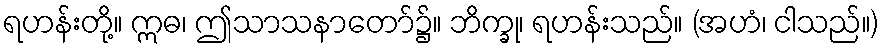
ရဟန်းတို့။ ဣဓ၊ ဤသာသနာတော်၌။ ဘိက္ခု၊ ရဟန်းသည်။ (အဟံ၊ ငါသည်။)